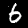
Digit: 6